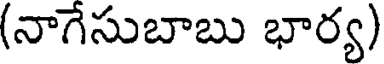
(నాగేసుబాబు భార్య)